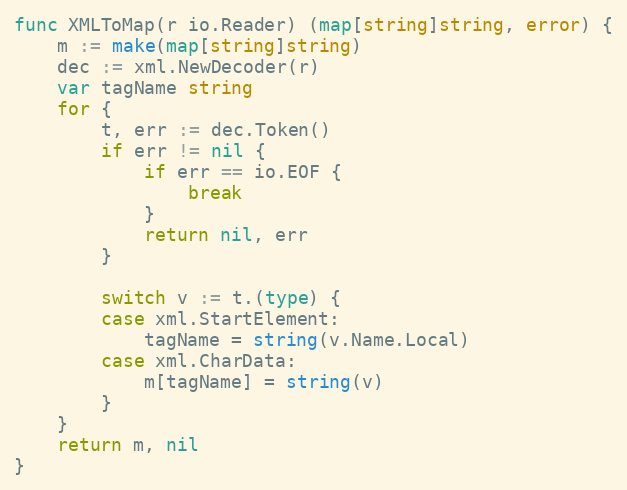
Language: Go
func XMLToMap(r io.Reader) (map[string]string, error) {
	m := make(map[string]string)
	dec := xml.NewDecoder(r)
	var tagName string
	for {
		t, err := dec.Token()
		if err != nil {
			if err == io.EOF {
				break
			}
			return nil, err
		}

		switch v := t.(type) {
		case xml.StartElement:
			tagName = string(v.Name.Local)
		case xml.CharData:
			m[tagName] = string(v)
		}
	}
	return m, nil
}